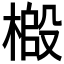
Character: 𫞌